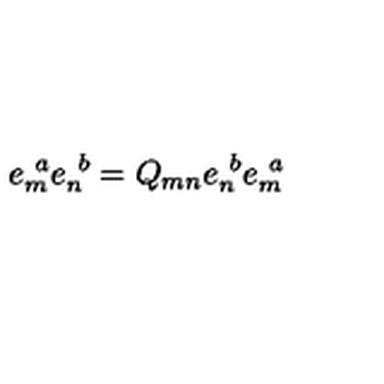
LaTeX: e _ { m } ^ { \ a } e _ { n } ^ { \ b } = Q _ { m n } e _ { n } ^ { \ b } e _ { m } ^ { \ a }